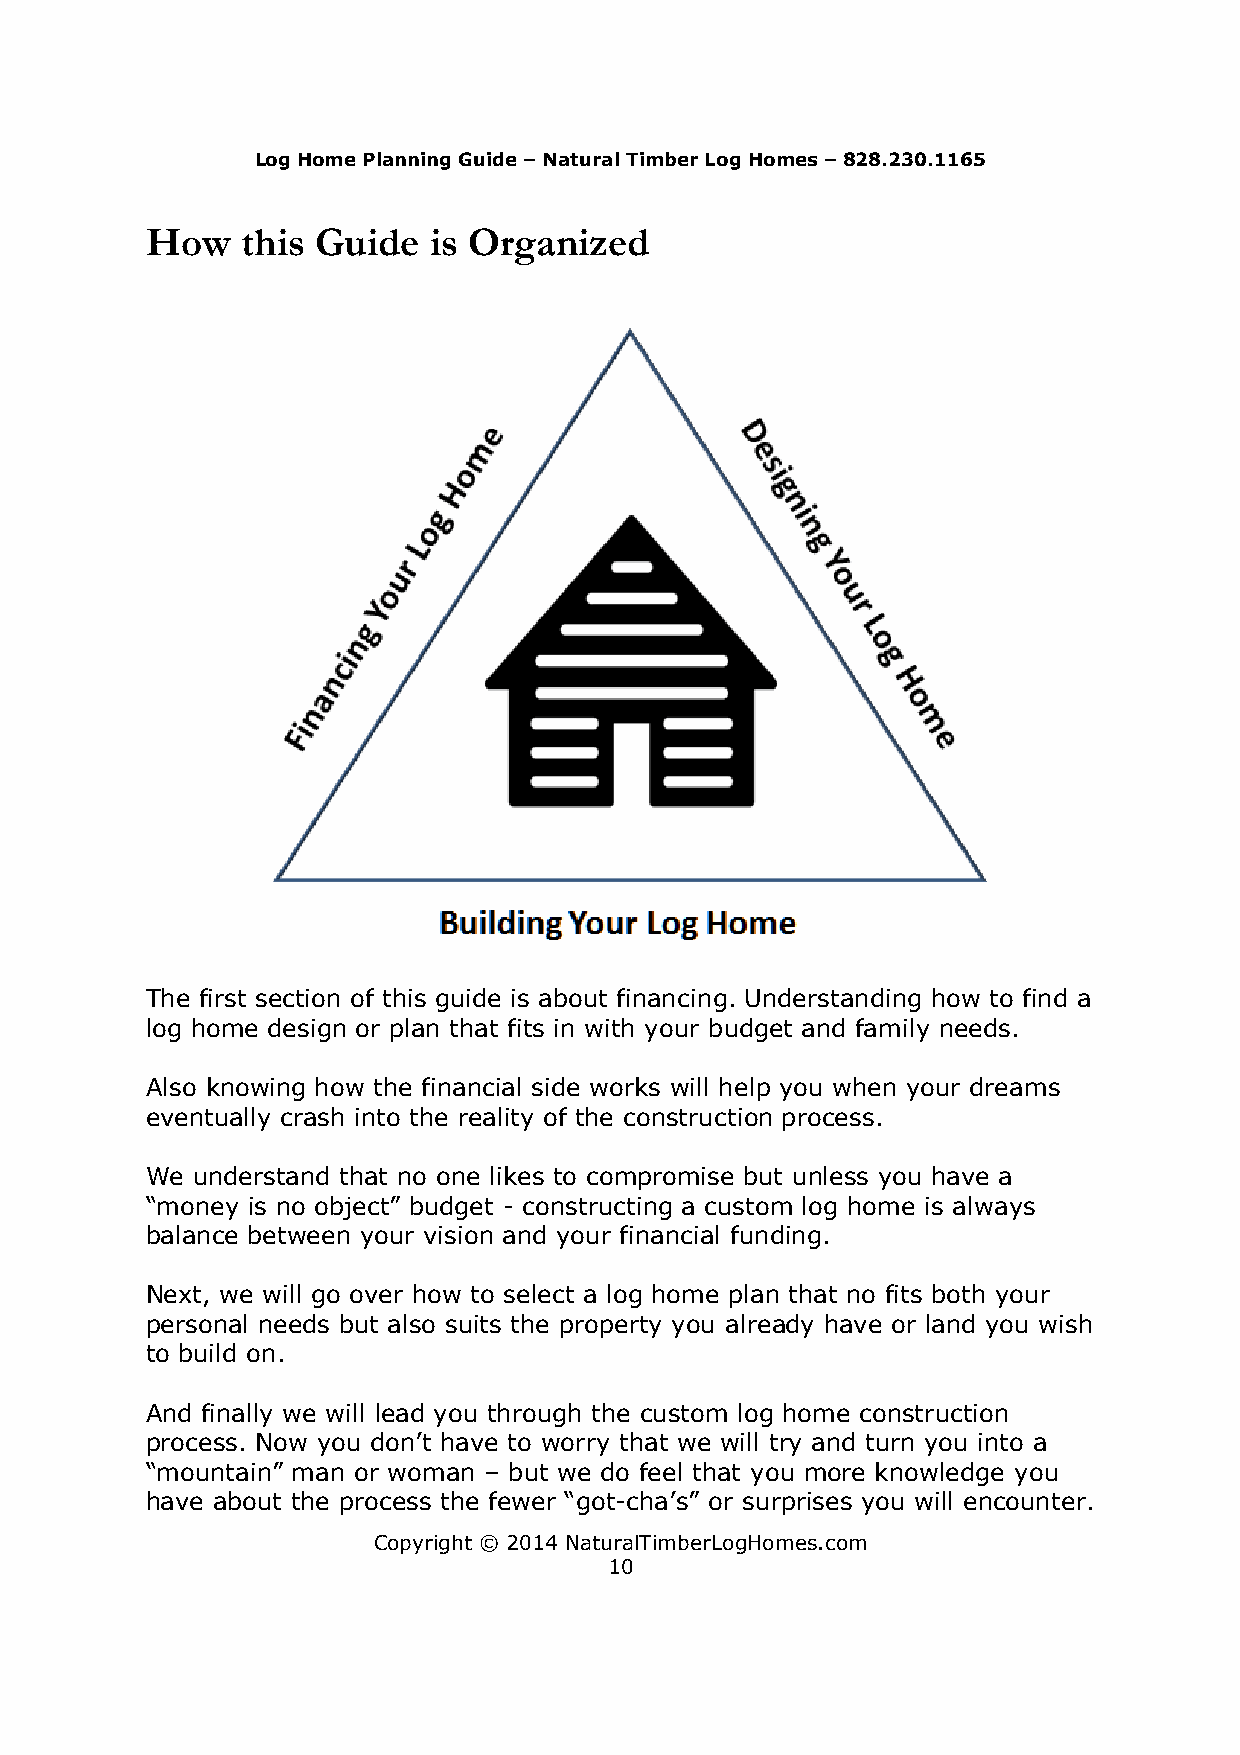
Log Home Planning Guide – Natural Timber Log Homes – 828.230.1165
 How   this Guide  is Organized
 The first section of this guide is about financing. Understanding how to find a
 log home design or plan that fits in with your budget and family needs.
 Also knowing how the financial side works will help you when your dreams
 eventually crash into the reality of the construction process.
 We understand that no one likes to compromise but unless you have a
 “money is no object” budget - constructing a custom log home is always
 balance between your vision and your financial funding.
 Next, we will go over how to select a log home plan that no fits both your
 personal needs but also suits the property you already have or land you wish
 to build on.
 And finally we will lead you through the custom log home construction
 process. Now you don’t have to worry that we will try and turn you into a
 “mountain” man or woman – but we do feel that you more knowledge you
 have about the process the fewer “got-cha’s” or surprises you will encounter.
 Copyright © 2014 NaturalTimberLogHomes.com
 10